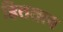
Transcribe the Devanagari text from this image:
हिततत्व